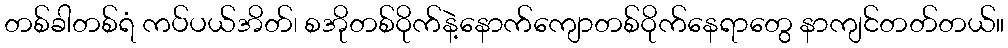
တစ်ခါတစ်ရံ ကပ်ပယ်အိတ်၊ စအိုတစ်ဝိုက်နဲ့နောက်ကျောတစ်ဝိုက်နေရာတွေ နာကျင်တတ်တယ်။